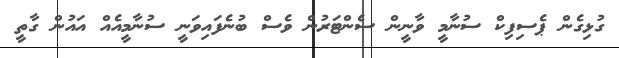
ގުޅިގެން ޕެސިފިކް ސުނާމީ ވާނީން ސެންޓަރުން ވެސް ބުނެފައިވަނީ ސުނާމީއެއް އައުން ގާތީ